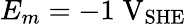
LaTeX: E_{m}=-1\; \mathrm{V}_{\mathrm{SHE}}